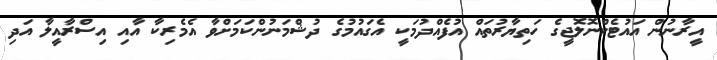
އީރާނުން އައުޓެކްނޮލޮޖީގެ ހަތިޔާރުތައް އުފެއްދުމަކީ އެގައުމުގެ ދުޝްމަނުންކަމަށްވާ އެމެރިކާ އާއި އިސްރާއީލާ އަދި